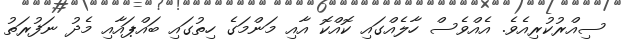
ސިއްރުކުރިއެވެ. އެއްވެސް ހާލެއްގައި ކޮއްކޮ އާއި މަންމަގެ ހިތުގައި ބައްޕައާއި މެދު ނަފުރަތު